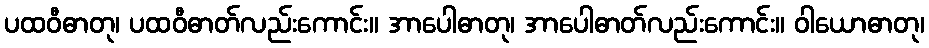
ပထဝီဓာတု၊ ပထဝီဓာတ်လည်းကောင်း။ အာပေါဓာတု၊ အာပေါဓာတ်လည်းကောင်း။ ဝါယောဓာတု၊